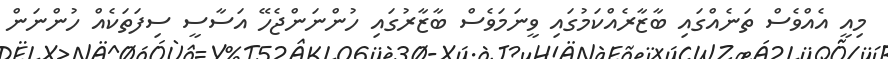
މިއީ އެއްވެސް ތަނެއްގައި ބާޒާރެއްކަމުގައި ވީނަމަވެސް ބާޒާރުގައި ހުންނަންޖެހޭ އަސާސީ ސިފަތަކެއް ހުންނަން